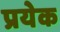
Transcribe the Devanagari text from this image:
प्रयेक